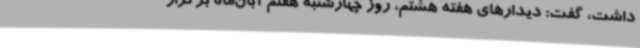
داشت، گفت: دیدارهای هفته هشتم، روز چهارشنبه هفتم آبان‌ماه برگزار